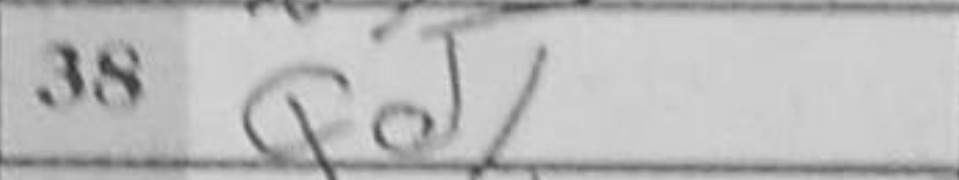
Transcription: Qd1